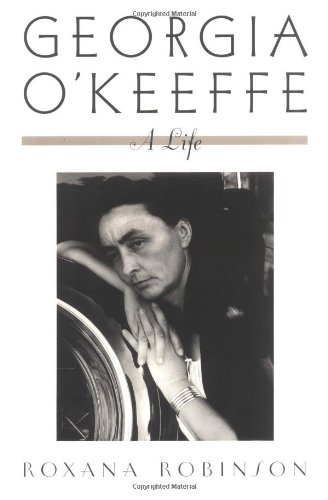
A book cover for Georgia O'Keeffe: A Life; Roxana Robinson; Biographies & Memoirs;